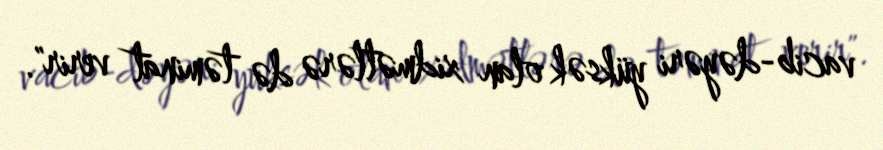
vacib-dəyəri yüksək olan xidmətlərə də təminat verir".